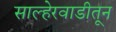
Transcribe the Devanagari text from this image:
साल्हेरवाडीतून